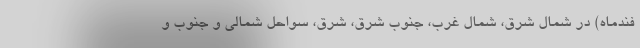
فندماه) در شمال شرق، شمال غرب، جنوب شرق، شرق، سواحل شمالی و جنوب و